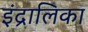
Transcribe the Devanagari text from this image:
इंद्रालिका